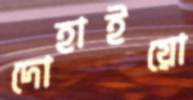
দোহাইয়ো